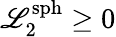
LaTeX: \mathscr{L}_{2}^{\textrm{{sph}}}\geq0